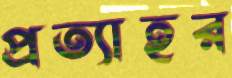
প্রত্যাহর